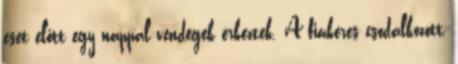
eset előtt egy nappal vendégek érkeztek. A fiákeres csodálkozott,